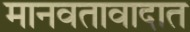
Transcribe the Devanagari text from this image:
मानवतावादात